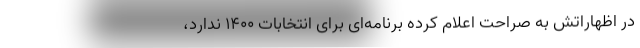
در اظهاراتش به صراحت اعلام کرده برنامه‌ای برای انتخابات ۱۴۰۰ ندارد،